Indian journal of veterinary science and animal husbandry - Volume 2,
Year: 1932
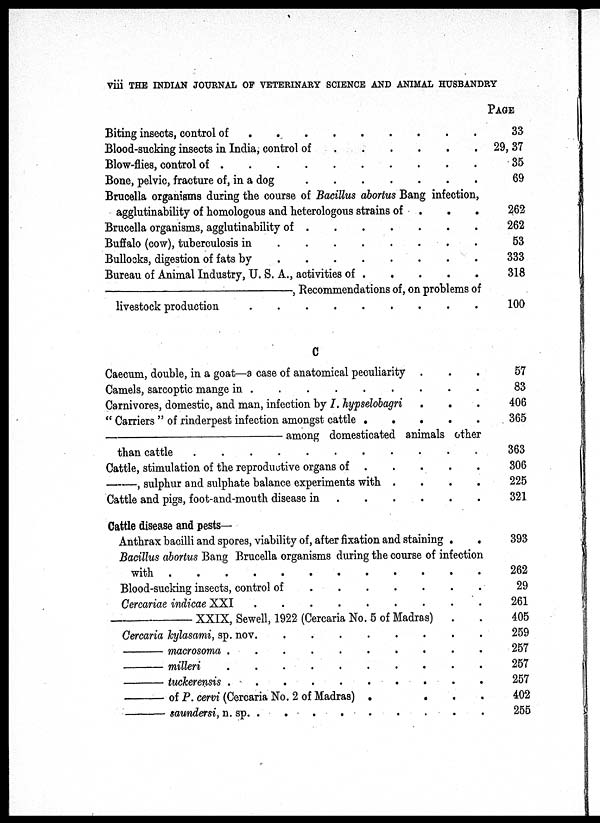
viii THE INDIAN JOURNAL OF VETERINARY SCIENCE AND ANIMAL HUSBANDRY
Biting insects, control of
.
.
.
.
.
.
.
.
Blood-sucking insects in India, control of . . . . . . . .
Blow-flies, control of
.
.
.
.
.
.
.
.
Bone, pelvic, fracture of, in a dog
.
.
.
.
.
.
.
.
Brucella organisms during the course of Bacillus abortus Bang infection,
agglutinability of homologous and heterologous strains of . . . . . . . .
Brucella organisms, agglutinability of . . . . . . . .
Buffalo (cow), tuberculosis in
.
.
.
.
.
.
.
.
Bullocks, digestion of fats by
.
.
.
.
.
.
.
.
Bureau of Animal Industry, U. S. A., activities of . . . . . . . .
—,
Recommendations of, on problems of
livestock production
.
.
.
.
.
.
.
.
C
Caecum, double, in a goat—a case of anatomical peculiarity . . .
Camels, sarcoptic mange in
.
.
.
.
.
.
.
.
Carnivores, domestic, and man, infection by I. hypselobagri . . . . . . . .
" Carriers " of rinderpest infection amongst cattle . . . . . . . .
—among
domesticated animals other
than cattle
.
.
.
.
.
.
.
.
Cattle, stimulation of the reproductive organs of . . . . . . . .
—,
sulphur and sulphate balance experiments with . . . . . . . .
Cattle and pigs, foot-and-mouth disease in . . . . . . . .
Cattle disease and pests—
Anthrax bacilli and spores, viability of, after fixation and staining . .
Bacillus abortus Bang Brucella organisms during the course of infection
with
.
.
.
.
.
.
.
.
Blood-sucking insects, control of
.
.
.
.
.
.
.
.
Cercariae indicae XXI
.
.
.
.
.
.
.
.
XXIX, Sewell, 1922 (Cercaria No. 5 of Madras) . .
Cercaria kylasami, sp. nov
.
.
.
.
.
.
.
.
—macrosoma
.
.
.
.
.
.
.
.
—milleri
.
.
.
.
.
.
.
.
—tuckerensis
.
.
.
.
.
.
.
.
—of
P. cervi (Cercaria No. 2 of Madras) . . . . . . . .
—saundersi,
n. sp. . . . . . . . .
PAGE.
33
29,37
35
69
262
262
53
333
318
100
57
83
406
365
363
306
225
321
393
262
29
261
405
259
257
257
257
402
255